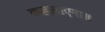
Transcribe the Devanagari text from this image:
कहलाएगा॥